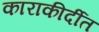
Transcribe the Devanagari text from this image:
काराकीर्दीत